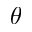
\theta